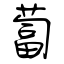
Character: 蔔